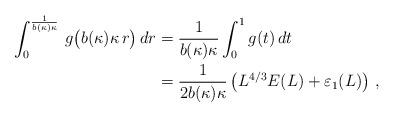
LaTeX: \begin{align*}\int_0^{\frac1{b(\kappa)\kappa}}\,g\big(b(\kappa)\kappa\,r\big)\,dr&=\frac1{b(\kappa)\kappa}\int_0^1g(t)\,dt\\&=\frac1{2b(\kappa)\kappa}\left(L^{4/3}E(L)+\varepsilon_1(L)\right)\,,\end{align*}